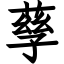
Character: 孶